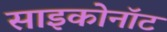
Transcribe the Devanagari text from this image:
साइकोनॉट